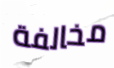
مخالفة